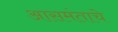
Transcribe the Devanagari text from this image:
आसमंताचे